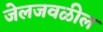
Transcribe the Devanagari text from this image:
जेलजवळील